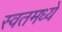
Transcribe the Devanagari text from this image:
स्वतमध्ये